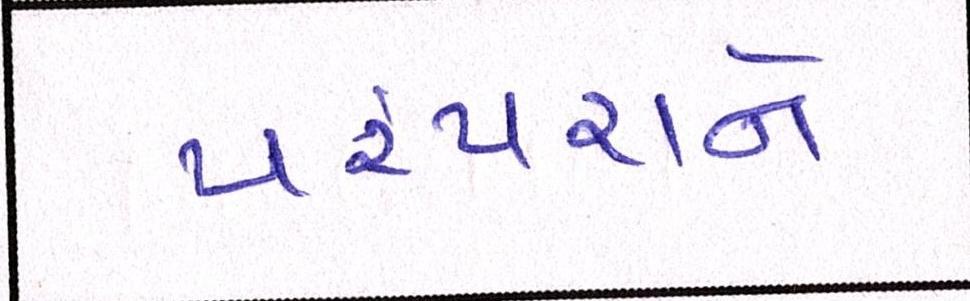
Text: પરંપરાને